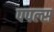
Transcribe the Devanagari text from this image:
पपल्स